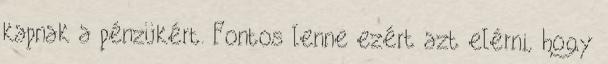
kapnak a pénzükért. Fontos lenne ezért azt elérni, hogy